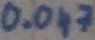
Text: 0.047